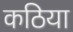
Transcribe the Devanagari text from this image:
कठिया